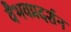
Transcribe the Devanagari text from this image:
वैभवप्रदर्शन